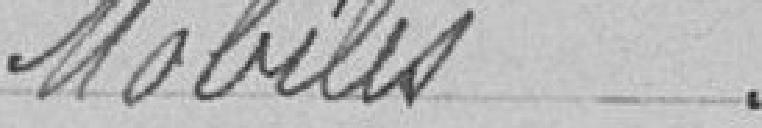
Mobiles